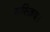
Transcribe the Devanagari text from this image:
मस्ज़िद।